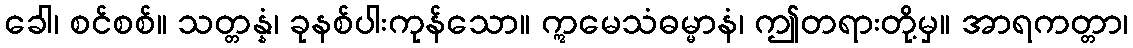
ခေါ၊ စင်စစ်။ သတ္တန္နံ၊ ခုနစ်ပါးကုန်သော။ ဣမေသံဓမ္မာနံ၊ ဤတရားတို့မှ။ အာရကတ္တာ၊